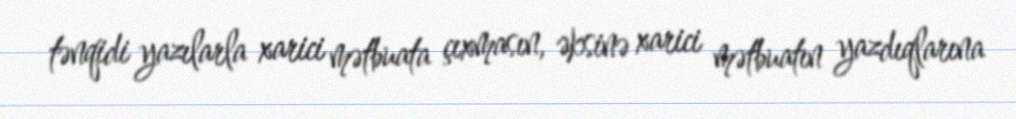
tənqidi yazılarla xarici mətbuata çıxmasın, əksinə xarici mətbuatın yazdıqlarına